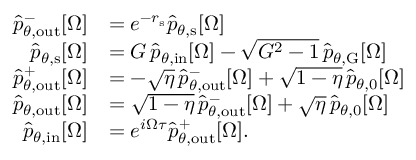
\begin{array} { r l } { \hat { p } _ { \theta , \mathrm { o u t } } ^ { - } [ \Omega ] } & { = e ^ { - r _ { \mathrm { s } } } \hat { p } _ { \theta , \mathrm { s } } [ \Omega ] } \\ { \hat { p } _ { \theta , \mathrm { s } } [ \Omega ] } & { = G \, \hat { p } _ { \theta , \mathrm { i n } } [ \Omega ] - \sqrt { G ^ { 2 } - 1 } \, \hat { p } _ { \theta , \mathrm { G } } [ \Omega ] } \\ { \hat { p } _ { \theta , \mathrm { o u t } } ^ { + } [ \Omega ] } & { = - \sqrt { \eta } \, \hat { p } _ { \theta , \mathrm { o u t } } ^ { - } [ \Omega ] + \sqrt { 1 - \eta } \, \hat { p } _ { \theta , 0 } [ \Omega ] } \\ { \hat { p } _ { \theta , \mathrm { o u t } } [ \Omega ] } & { = \sqrt { 1 - \eta } \, \hat { p } _ { \theta , \mathrm { o u t } } ^ { - } [ \Omega ] + \sqrt { \eta } \, \hat { p } _ { \theta , 0 } [ \Omega ] } \\ { \hat { p } _ { \theta , \mathrm { i n } } [ \Omega ] } & { = e ^ { i \Omega \tau } \hat { p } _ { \theta , \mathrm { o u t } } ^ { + } [ \Omega ] . } \end{array}